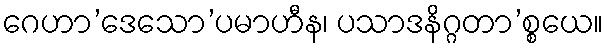
ဂေဟာ’ဒေသော’ပမာဟီန၊ ပသာဒနိဂ္ဂတာ’စ္စယေ။